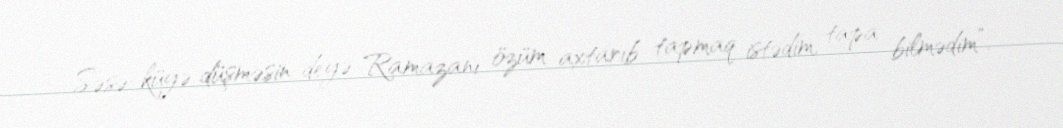
Səsə-küyə düşməsin deyə Ramazanı özüm axtarıb tapmaq istədim, tapa bilmədim”.